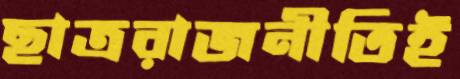
ছাত্ররাজনীতিই